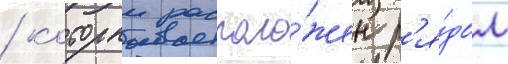
/ которыи располо́жен р'я́дом